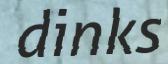
dinks